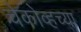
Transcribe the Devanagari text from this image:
चेकोव्हच्या